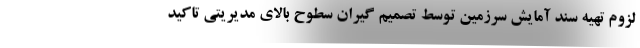
لزوم تهیه سند آمایش سرزمین توسط تصمیم گیران سطوح بالای مدیریتی تاکید